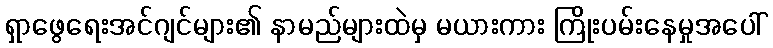
ရှာဖွေရေးအင်ဂျင်များ၏ နာမည်များထဲမှ မယားကား ကြိုးပမ်းနေမှုအပေါ်